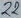
Text: 22